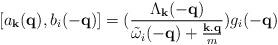
LaTeX: \begin{align*}[a_{ {\bf{k}} }({\bf{q}}), b_{i}(-{\bf{q}})] = (\frac{ \Lambda_{ {\bf{k}} }(-{\bf{q}}) }{ {\tilde{\omega}}_{i}(-{\bf{q}}) + \frac{ {\bf{k.q}} }{m} })g_{i}(-{\bf{q}})\end{align*}